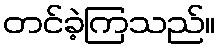
တင်ခဲ့ကြသည်။